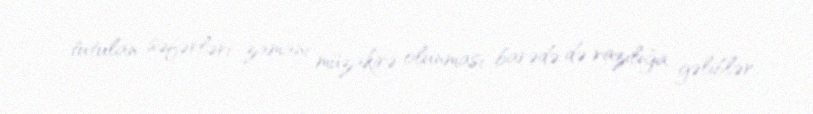
tutulan səfərləri zamanı müzakirə olunması barədə də razılığa gəliblər.